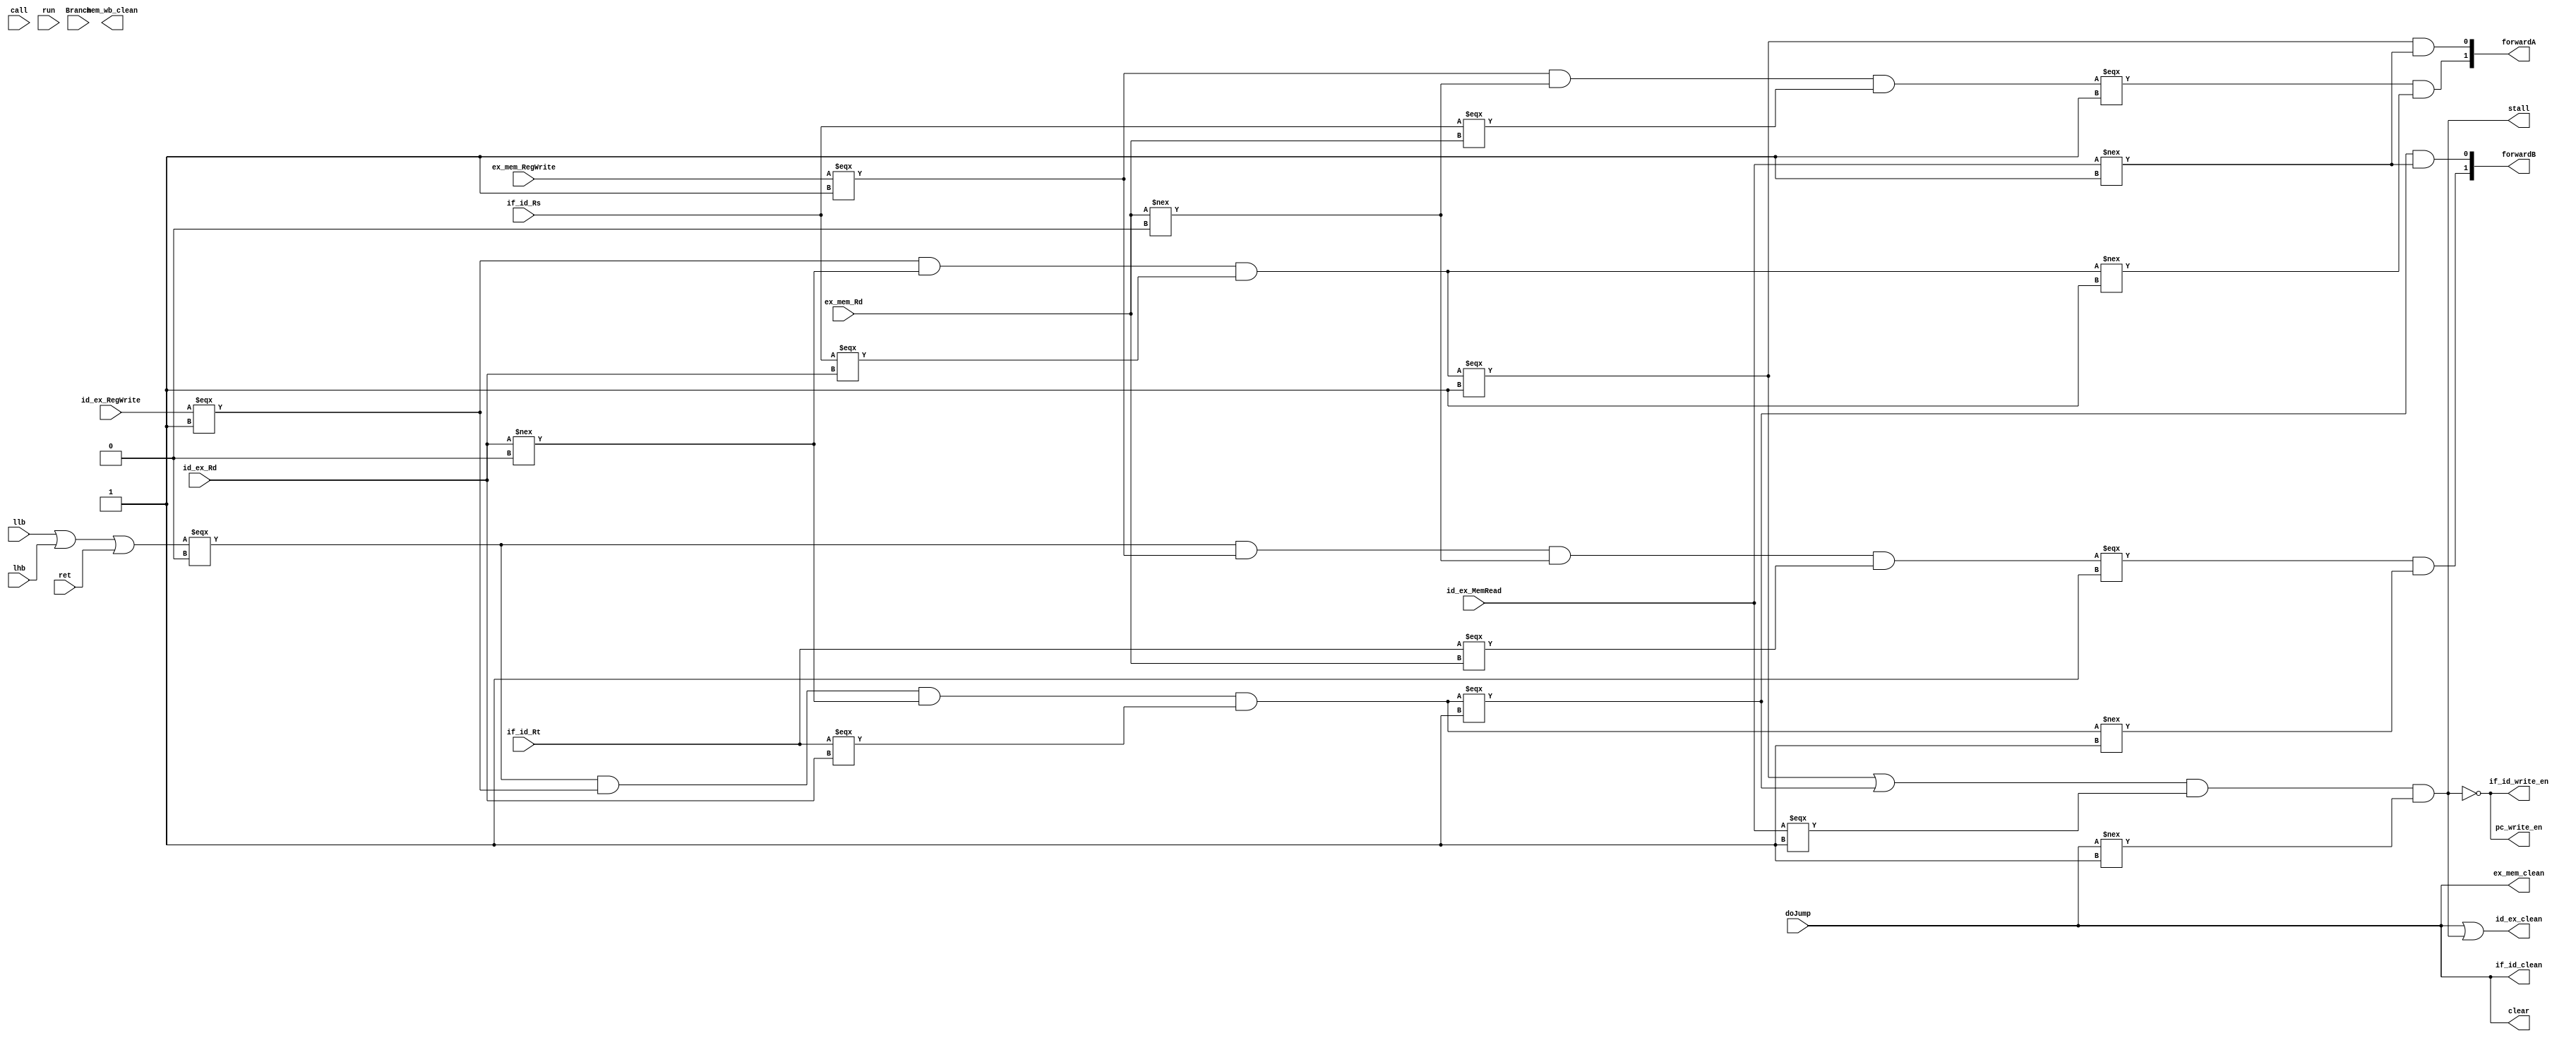
/*
* Hazard control
* combinational logic only
*
* EXMatch = ID/EX.RegWrite && ID/EX.Rd != 0 && (IF/ID.Rs == ID/EX.Rd) && (IF/ID.Rt ==
    * ID/EX.Rd) 
    * MEMMatch = EX/MEM.RegWrite && EX/MEM.Rd != 0 && (IF/ID.Rs == EX/MEM.Rd)
    * && (IF/ID.Rt == EX/MEM.Rd)
    *
* data forwarding condition
* if (EXMatch && !ID/EX.MemRead)
    * EX forwarding
* if (!EXMatch && MEMMatch)
    * MEM forwarding
* if (EXMatch && ID/EX.MemRead)
    * Stall
*
* Stall operation
* PCWrite = 0;
* IF/ID.Write = 0;
* clear ID/EX 
*
* Jump condition
* if jump
* Jump operation: clear IF/ID, ID/EX, EX/MEM
*/


module hazardControl(if_id_Rs, if_id_Rt, id_ex_RegWrite, id_ex_MemRead, id_ex_Rd, ex_mem_RegWrite, ex_mem_Rd, doJump, stall, clear, pc_write_en, if_id_write_en, if_id_clean, id_ex_clean, ex_mem_clean, mem_wb_clean, llb, lhb, Branch, call, ret, run, forwardA, forwardB);
    input[3:0] if_id_Rs, if_id_Rt, id_ex_Rd, ex_mem_Rd;
    input id_ex_RegWrite, ex_mem_RegWrite, doJump, id_ex_MemRead;
    input llb, lhb, ret; // llb, lhb and ret use only rs so it should be handled specially.
    input Branch, call, run; // Branch call run does not have data dependence at all
    output stall, clear, pc_write_en, if_id_write_en, if_id_clean, id_ex_clean, ex_mem_clean, mem_wb_clean;
    output[1:0] forwardA, forwardB; // 00: no data forwarding, 01: ex data forwarding, 10: mem data forwarding. A: Rs, B: Rt

    wire ex_matchA, ex_matchB, mem_matchA, mem_matchB;
    wire rsOnly;
    wire nonDpd;

    assign rsOnly = llb | lhb | ret;
    assign nonDpd = Branch | call | ~run;

    // data hazard control
    assign ex_matchA = (id_ex_RegWrite === 1'b1) && (id_ex_Rd !== 0) && (if_id_Rs === id_ex_Rd);
    assign ex_matchB = (rsOnly === 1'b0) & (id_ex_RegWrite === 1'b1) && (id_ex_Rd !== 0) && (if_id_Rt === id_ex_Rd);
    assign mem_matchA = (ex_mem_RegWrite === 1'b1) && (ex_mem_Rd !== 0) && (if_id_Rs === ex_mem_Rd); 
    assign mem_matchB = (rsOnly === 1'b0) & (ex_mem_RegWrite === 1'b1) && (ex_mem_Rd !== 0) && (if_id_Rt === ex_mem_Rd);
    assign forwardA[0] = (ex_matchA === 1'b1) & (id_ex_MemRead !== 1'b1);
    assign forwardA[1] = (mem_matchA === 1'b1) & (ex_matchA !== 1'b1);
    assign forwardB[0] = (ex_matchB === 1'b1) & (id_ex_MemRead !== 1'b1);
    assign forwardB[1] = (mem_matchB === 1'b1) & (ex_matchB !== 1'b1);
    assign stall = (ex_matchA === 1'b1 || ex_matchB === 1'b1) & (id_ex_MemRead === 1'b1) & (clear !== 1'b1); // sometimes clear and stall are both 1, this happens at 0011(MEM) phase. However, the stall is invalid as the IF,ID,EX should be flushed.

    // control hazard
    assign clear = doJump;

    assign pc_write_en = ~stall;
    assign if_id_write_en = ~stall;
    assign if_id_clean = clear;
    assign id_ex_clean = clear | stall;
    assign ex_mem_clean = clear;
    //assign mem_wb_clean = clear; // Do not clear, even Branch in WB phase is useless, it won't write the register

endmodule